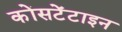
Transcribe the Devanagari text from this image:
कोंसटेंटाइन